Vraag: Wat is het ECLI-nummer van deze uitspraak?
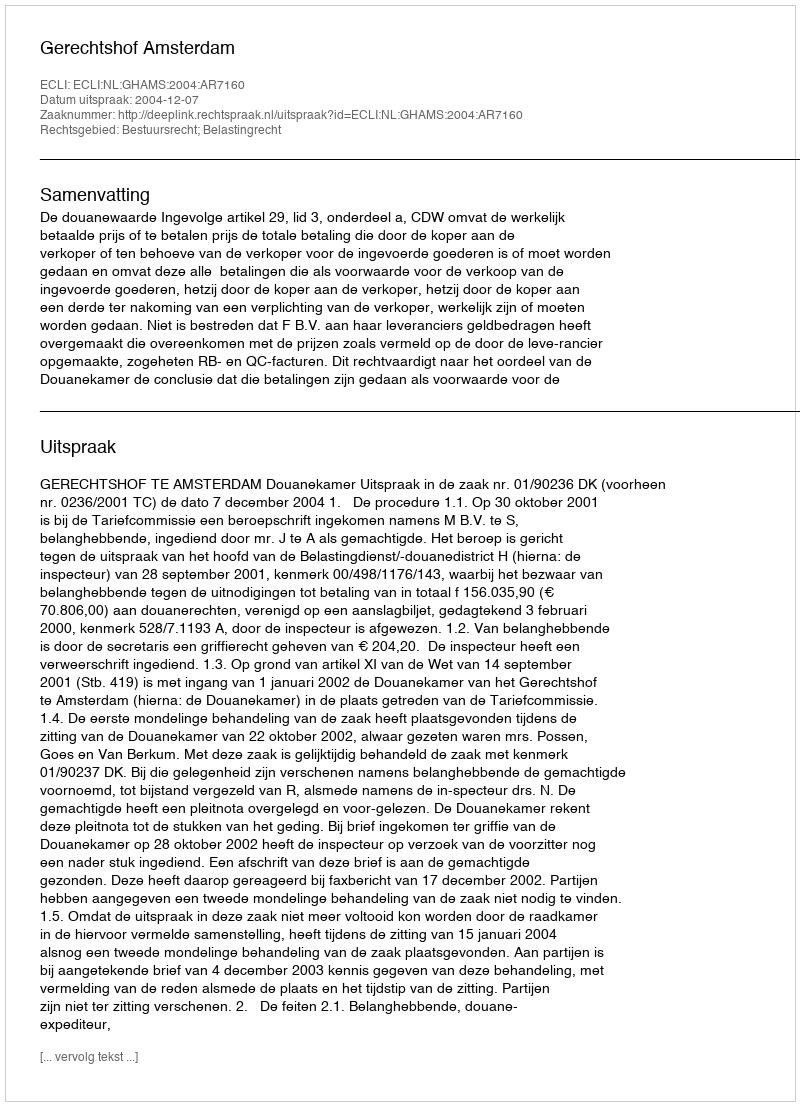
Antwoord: ECLI:NL:GHAMS:2004:AR7160